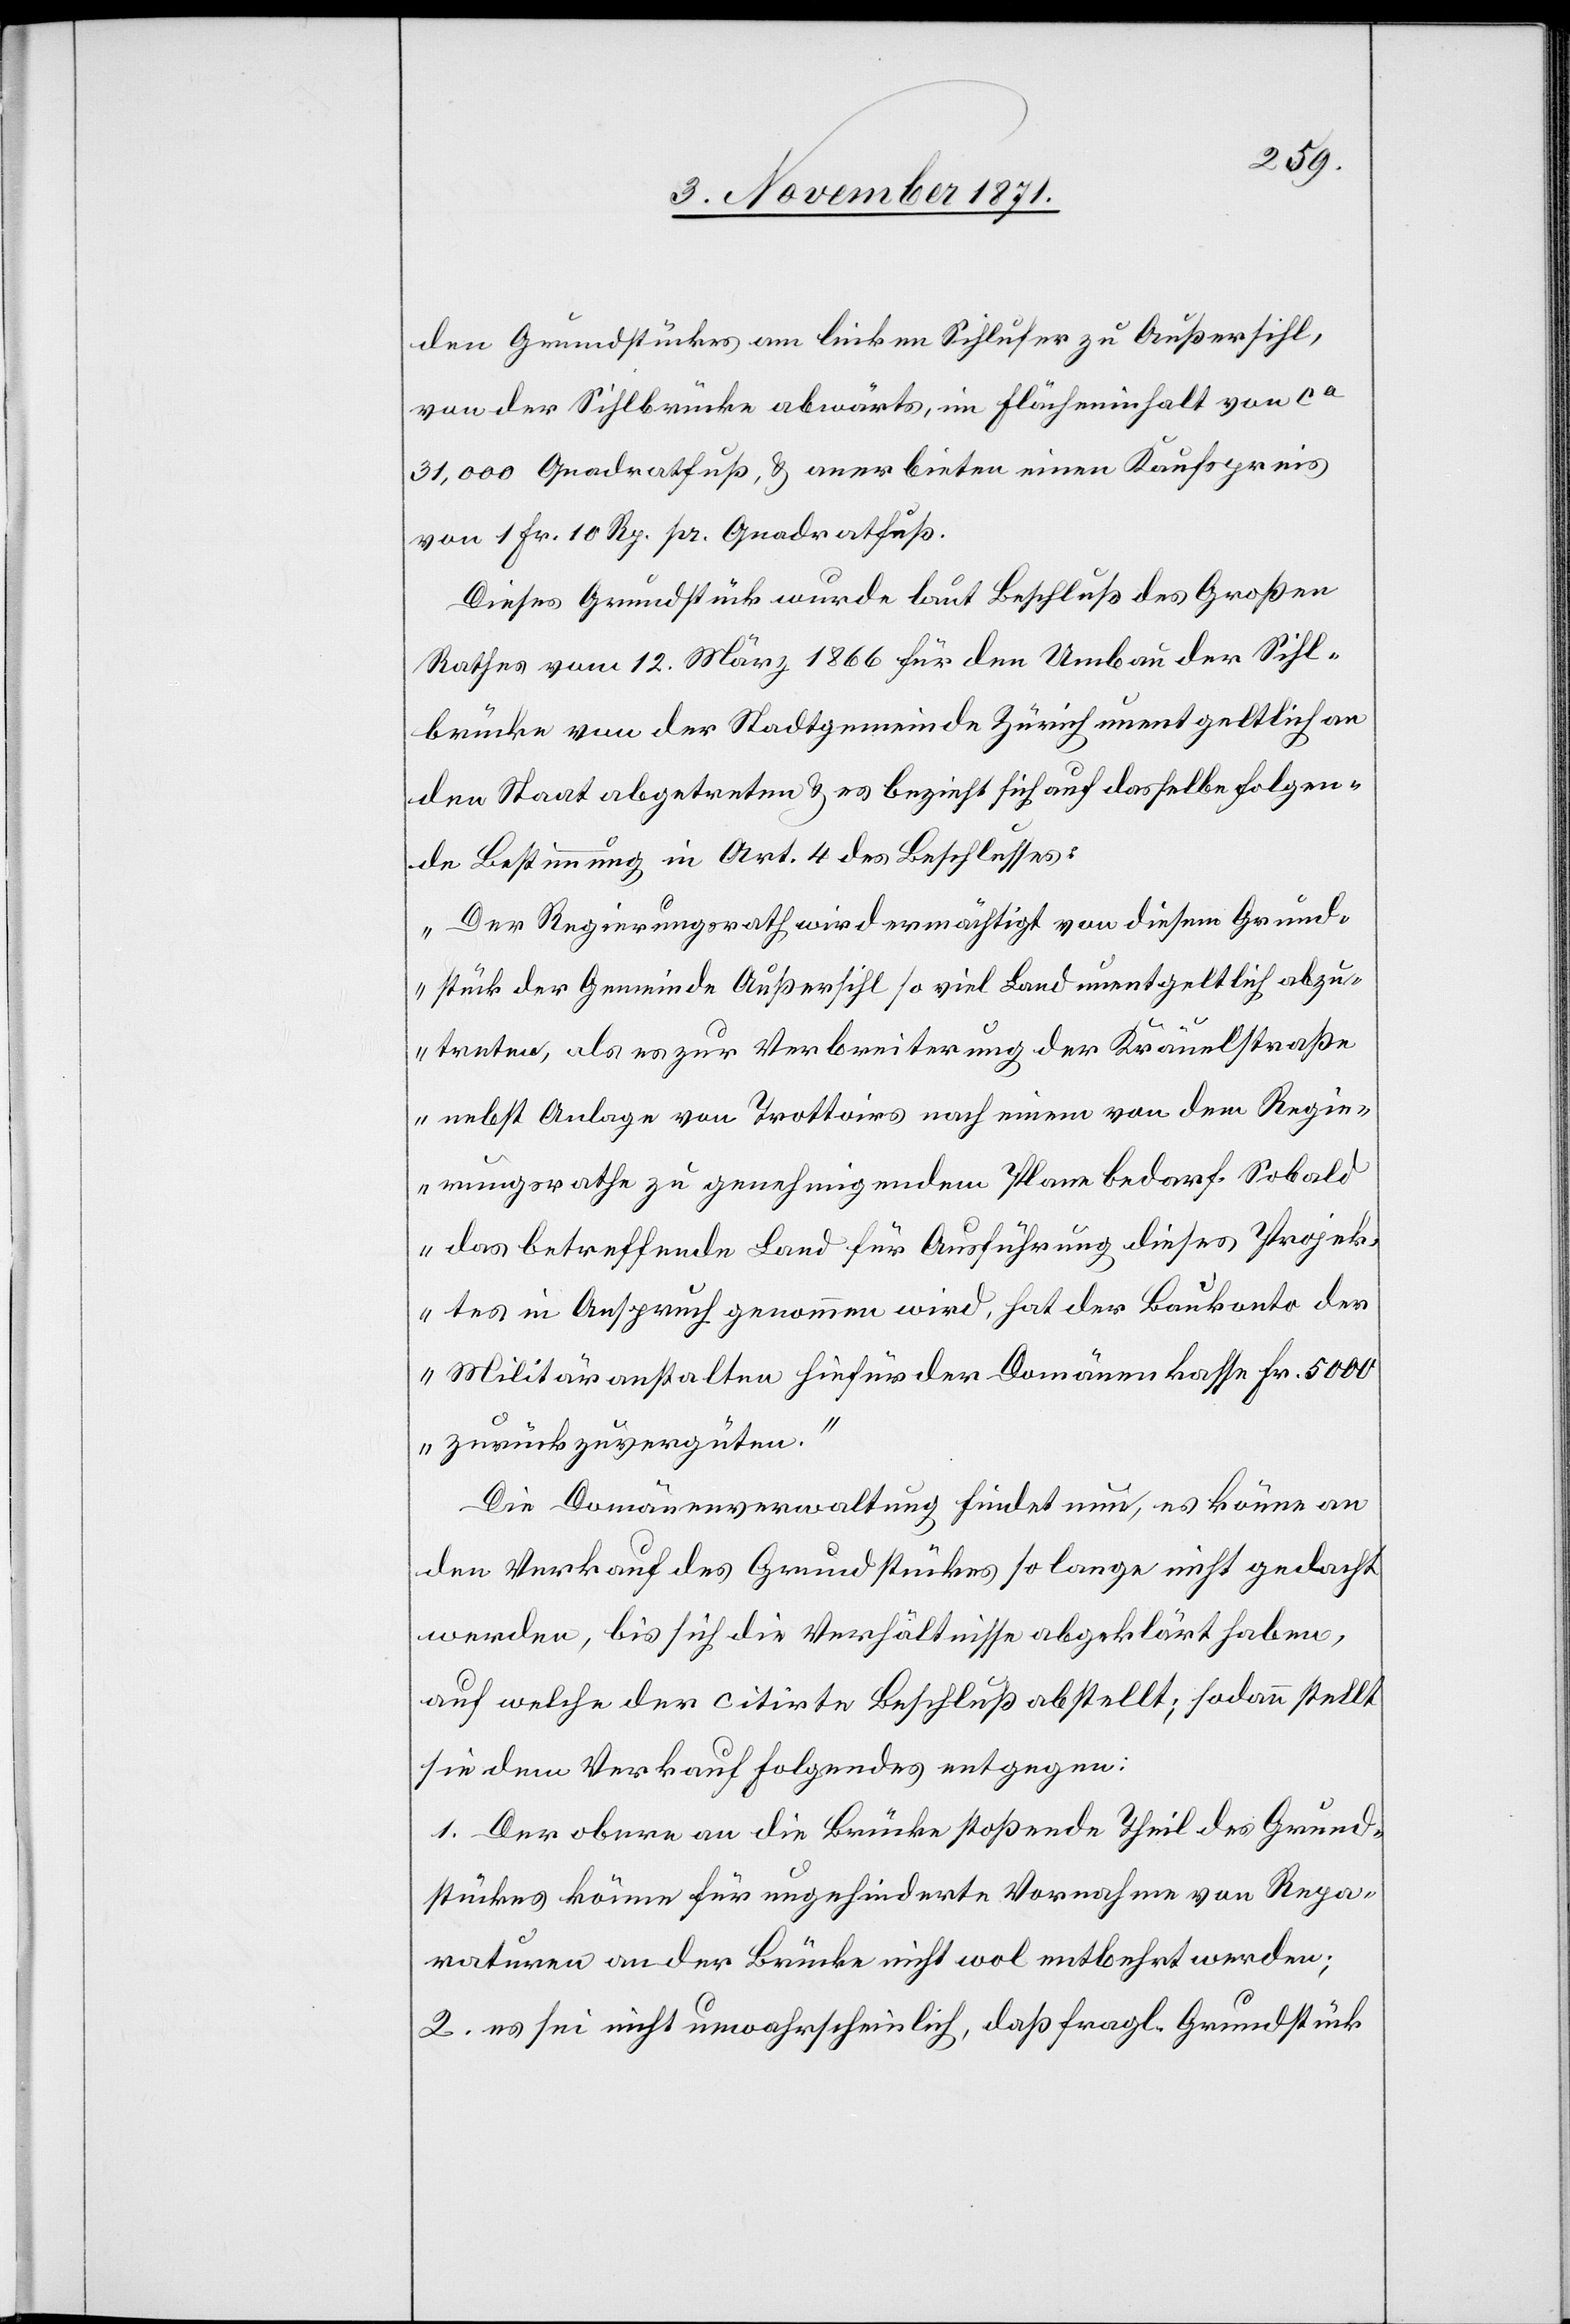
den Grundstückes am linken Sihlufer zu Außersihl,
von der Sihlbrücke abwärts, im Flächeninhalt von ca
31,000 Quadratfuß, & anerbieten einen Kaufspreis
von 1 Fr. 10 Rp. pr. Quadratfuß.
Dieses Grundstück wurde laut Beschluß des Großen
Rathes vom 12. März 1866 für den Umbau der Sihl¬
brücke von der Stadtgemeinde Zürich unentgeltlich an
den Staat abgetreten & es bezieht sich auf dasselbe folgen¬
de Bestimmung in Art. 4 des Beschlusses:
„Der Regierungsrath wird ermächtigt, von diesem Grund¬
stück der Gemeinde Außersihl so viel Land unentgeltlich abzu¬
treten, als es zur Verbreiterung der Kräuelstraße
nebst Anlage von Trottoirs nach einem von dem Regie¬
rungsrathe zu genehmigenden Plane bedarf. Sobald
das betreffende Land für Ausführung dieses Projek¬
tes in Anspruch genommen wird, hat der Baukonto der
Militäranstalten hiefür der Domänenkassa Fr. 5000
zurückzuvergüten.“
Die Domänenverwaltung findet nun, es könne an
den Verkauf des Grundstückes so lange nicht gedacht
werden, bis sich die Verhältnisse abgeklärt haben,
auf welche der citirte Beschluß abstellt; sodann stellt
sie dem Verkauf folgendes entgegen:
1. Der obere an die Brücke stoßende Theil des Grund¬
stückes könne für ungehinderte Vornahme von Repa¬
raturen an der Brücke nicht wol entbehrt werden;
2. es sei nicht unwahrscheinlich, daß fragl. Grundstück